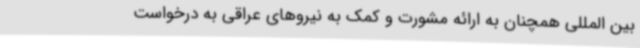
بین المللی همچنان به ارائه مشورت و کمک به نیروهای عراقی به درخواست